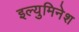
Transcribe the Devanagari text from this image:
इल्युमिनेश